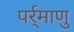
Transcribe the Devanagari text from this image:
पर्र्माणु